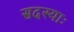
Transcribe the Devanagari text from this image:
सदस्याः